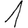
Digit: 1